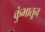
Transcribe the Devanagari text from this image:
कुंभातून